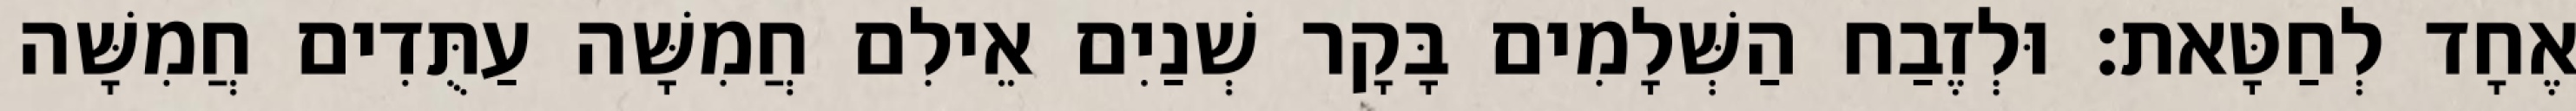
אֶחָד לְחַטָּאת׃ וּלְזֶבַח הַשְּׁלָמִים בָּקָר שְׁנַיִם אֵילִם חֲמִשָּׁה עַתֻּדִים חֲמִשָּׁה